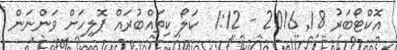
އޮކްޓޯބަރު 18